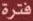
فترة